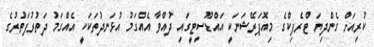
ކުރިއަށް ގެންދިޔަ ޓްރެފިކްގެ މިއޮޕަރޭޝަނަކީ އައްޑޫސިޓީގައި ދުއްވާ އެއްގަމު އުޅަނދުތަކަކީ އެއްގަމު ދަތުރުފަތުރުގެ